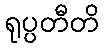
ရုပ္ပတီတိ